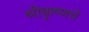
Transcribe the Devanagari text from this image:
श्रीकृष्णचॆ